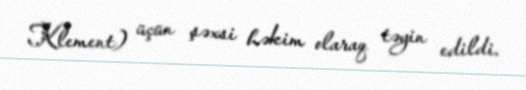
Klement) üçün şəxsi həkim olaraq təyin edildi.